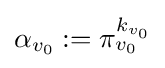
\alpha _{v_{0}}:=\pi _{v_{0}}^{k_{v_{0}}}